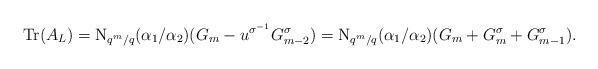
LaTeX: \begin{align*}\mathrm{Tr}(A_L) = \mathrm{N}_{q^m/q} (\alpha_1/\alpha_2)(G_{m} - u^{\sigma^{-1}}G^\sigma_{m-2})= \mathrm{N}_{q^m/q} (\alpha_1/\alpha_2)(G_m + G^\sigma_m+ G^\sigma_{m-1}).\end{align*}